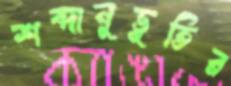
শব্দানুভূতির